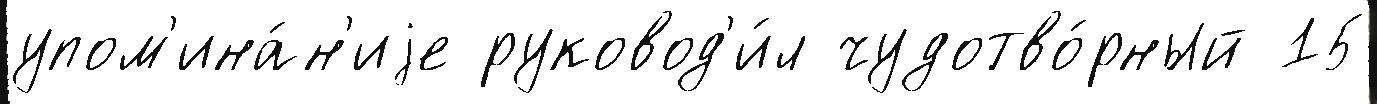
упом'ина́н'иjе руковод'и́л чудотво́рный 15